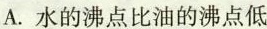
A.水的沸点比油的沸点低